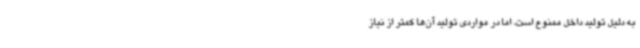
به دلیل تولید داخل ممنوع است، اما در مواردی تولید آن‌ها کمتر از نیاز